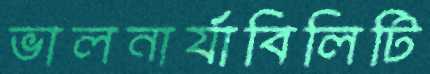
ভালনার্যাবিলিটি